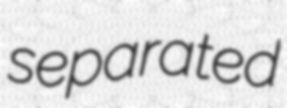
separated